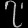
Digit: ၇